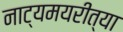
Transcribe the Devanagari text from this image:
नाट्यमयरीत्या